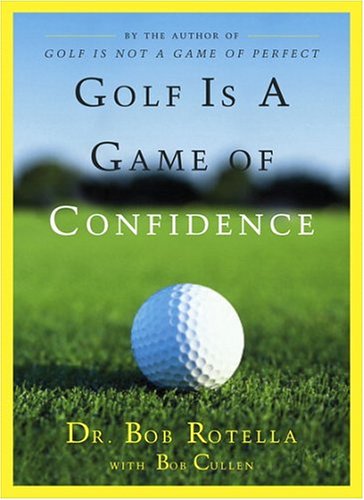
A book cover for Golf Is a Game of Confidence; Dr. Bob Rotella; Sports & Outdoors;